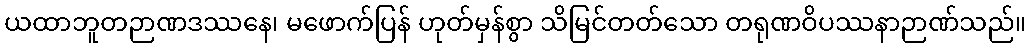
ယထာဘူတဉာဏဒဿနေ၊ မဖောက်ပြန် ဟုတ်မှန်စွာ သိမြင်တတ်သော တရုဏဝိပဿနာဉာဏ်သည်။